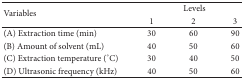
<table><thead><tr><td rowspan="2"><b>Variables</b></td><td colspan="3"><b>Levels</b></td></tr><tr><td><b>1</b></td><td><b>2</b></td><td><b>3</b></td></tr></thead><tbody><tr><td>(A) Extraction time (min)</td><td>30</td><td>60</td><td>90</td></tr><tr><td>(B) Amount of solvent (mL)</td><td>40</td><td>50</td><td>60</td></tr><tr><td>(C) Extraction temperature (°C)</td><td>30</td><td>40</td><td>50</td></tr><tr><td>(D) Ultrasonic frequency (kHz)</td><td>40</td><td>50</td><td>60</td></tr></tbody></table>